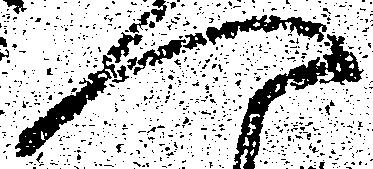
へ